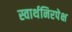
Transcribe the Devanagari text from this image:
स्वार्थनिरपेक्ष